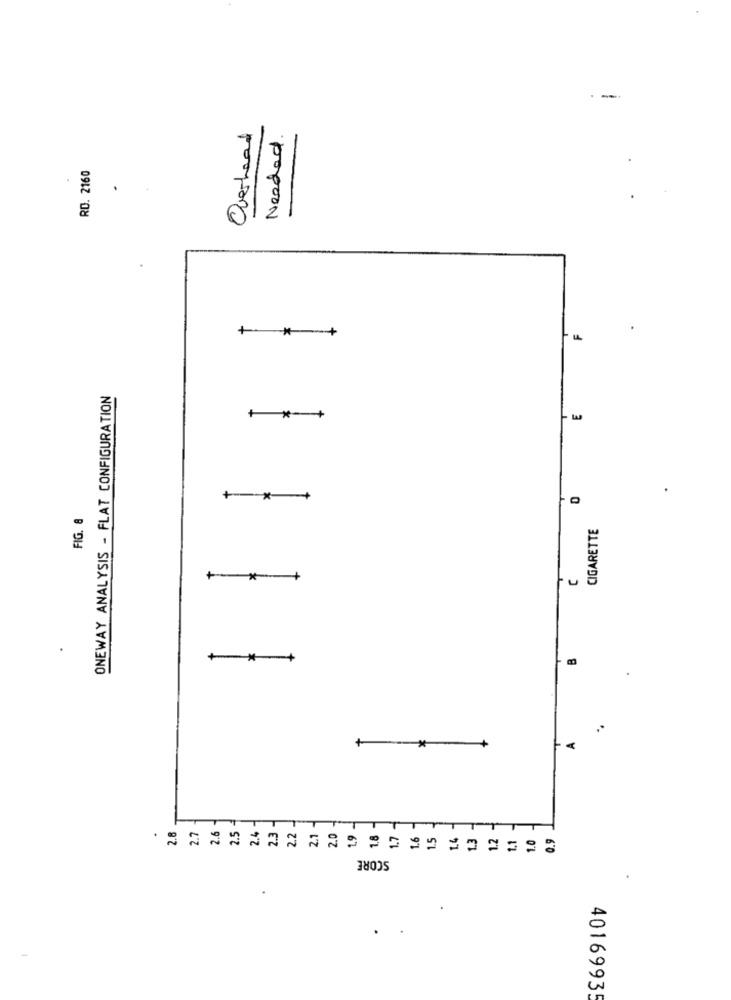
--
Overhead
Needed.
RO. 2160
+ *_ +
11
ONEWAY ANALYSIS - FLAT CONFIGURATION
+ *- +
+ -* +
0
FIG. 8
CIGARETTE
*_*- +
Fu
++ +
1
*
+
SCORE
40169935